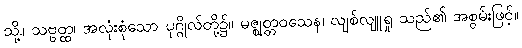
သို့။ သဗ္ဗတ္ထ၊ အလုံးစုံသော ပုဂ္ဂိုလ်တို့၌။ မဇ္ဈတ္တဝသေန၊ လျစ်လျူရှု သည်၏ အစွမ်းဖြင့်။